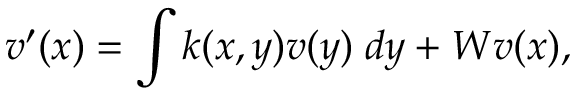
v ^ { \prime } ( x ) = \int k ( x , y ) v ( y ) \; d y + W v ( x ) ,